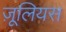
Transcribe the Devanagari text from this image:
ज़ूलियस